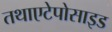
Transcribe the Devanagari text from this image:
तथाएटेपोसाइड